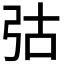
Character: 𢏆